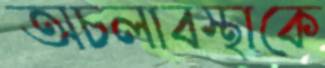
অচলাবস্থাকে